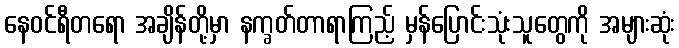
နေဝင်ရီတရော အချိန်တို့မှာ နက္ခတ်တာရာကြည့် မှန်ပြောင်းသုံးသူတွေကို အများဆုံး